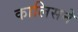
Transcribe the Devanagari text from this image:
कालिसने